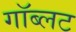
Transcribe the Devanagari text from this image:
गॉब्लट